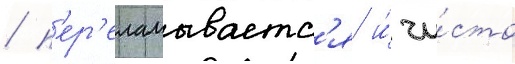
/ п'ер'еламываетс'я и́ чи́сто